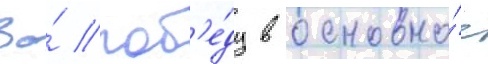
За́ поб'е́ду в основно́е